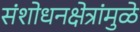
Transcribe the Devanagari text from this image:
संशोधनक्षेत्रांमुळे